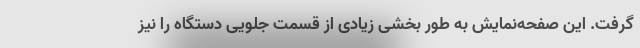
گرفت. این صفحه‌نمایش به طور بخشی زیادی از قسمت جلویی دستگاه را نیز